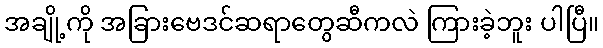
အချို့ကို အခြားဗေဒင်ဆရာတွေဆီကလဲ ကြားခဲ့ဘူး ပါပြီ။